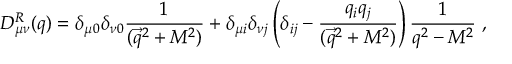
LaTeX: D _ { \mu \nu } ^ { R } ( q ) = \delta _ { \mu 0 } \delta _ { \nu 0 } { \frac { 1 } { ( \vec { q } ^ { 2 } + M ^ { 2 } ) } } + \delta _ { \mu i } \delta _ { \nu j } \left( \delta _ { i j } - { \frac { q _ { i } q _ { j } } { ( \vec { q } ^ { 2 } + M ^ { 2 } ) } } \right) { \frac { 1 } { q ^ { 2 } - M ^ { 2 } } } ~ ,